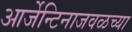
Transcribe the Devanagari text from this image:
आर्जेन्टिनाजवळच्या